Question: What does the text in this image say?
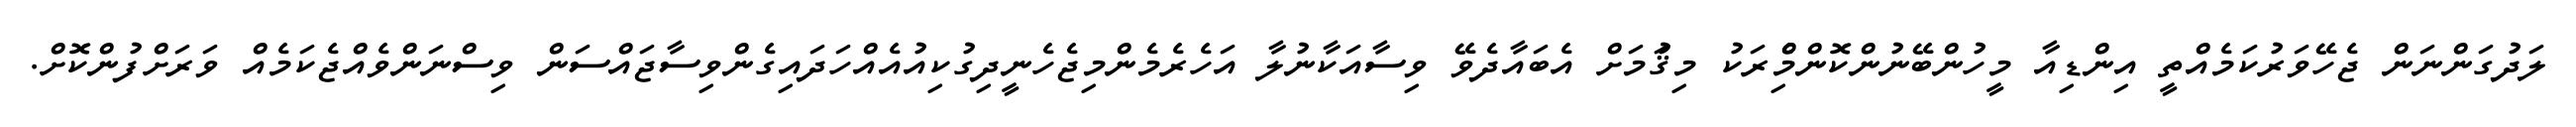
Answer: ލަދުގަންނަން ޖެހޭވަރުކަމެއްތީ އިންޑިއާ މީހުންބޭނުންކޮންމެްިރަކު މިޤަުމަށް އެބައާދެވޭ ވިސާއަކާނުލާ އަހެރެމެންމިޖެހެނީދިގުކިއުއެއްހަދައިގެންވިސާޖައްސަން ވިސްނަންވެއްޖެކަމެއް ވަރަށްފުންކޮށް.